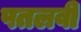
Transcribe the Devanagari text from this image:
पतलवी